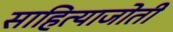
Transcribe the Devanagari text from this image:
साहित्याजोती